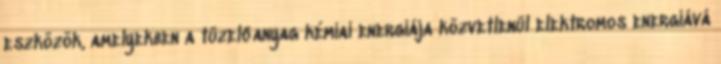
eszközök, amelyekben a tüzelőanyag kémiai energiája közvetlenül elektromos energiává